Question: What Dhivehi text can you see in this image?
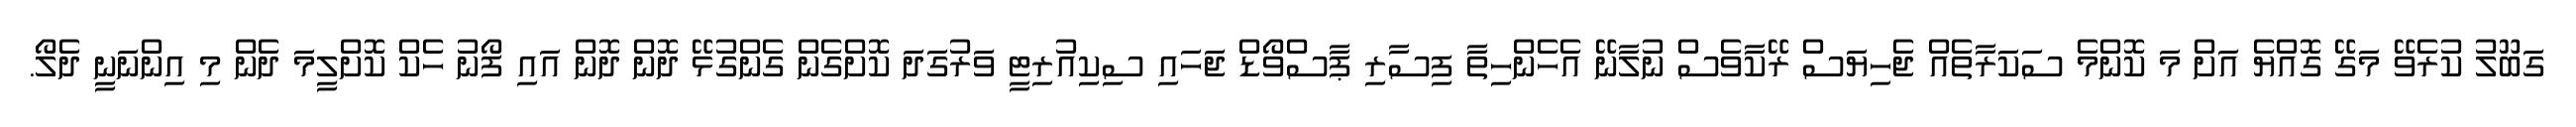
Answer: ގަބޫލު ކުރެވޭ މަގޭ ގޮއްޔެ އަށް މަ ކޮންމެ ސަކަރާތެއް ޖެހިޔަސް ރޭކާވެސް ނުލާނޭ އެހެންހިތާ ފިސާރި ޕާސްވޯޑް ޖަހައި ސިކިއުރިޓީ ވަރުގަދަ ކޮށްގެން ގެންގުޅޭ ދޮން ދޮން އައި ފޯނު ހެކް ކޮށްލީމަ ދެން މި އިންނަނީ ދެލޯ.